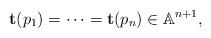
LaTeX: \begin{align*}\mathbf t(p_1)=\dots =\mathbf t(p_n)\in \mathbb A^{n+1},\end{align*}